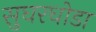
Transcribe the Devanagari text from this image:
सुघरघोडा